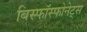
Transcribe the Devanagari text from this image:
बिस्फॉस्फोनेट्स